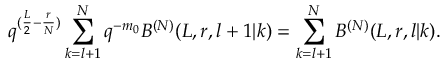
q ^ { ( \frac { L } { 2 } - \frac { r } { N } ) } \sum _ { k = l + 1 } ^ { N } q ^ { - m _ { 0 } } B ^ { ( N ) } ( L , r , l + 1 | k ) = \sum _ { k = l + 1 } ^ { N } B ^ { ( N ) } ( L , r , l | k ) .